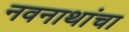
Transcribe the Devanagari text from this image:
नवनाथांचा